Statistical return of the lunatic asylum in Assam - 1912-1932
Year: 1912
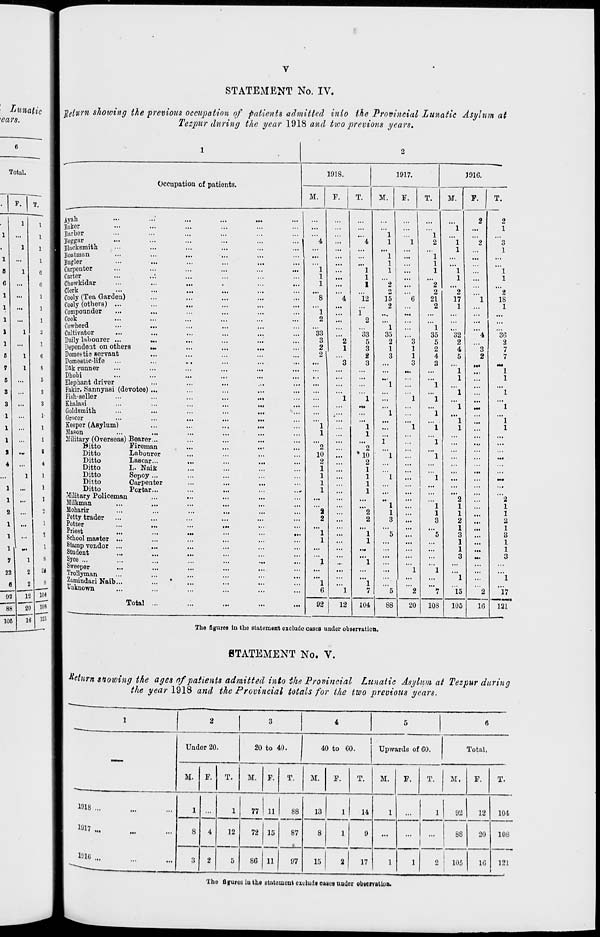
STATEMENT No. IV.
Return showing the previous occupation of patients admitted into the Provincial Lunatic Asylum at
Tezpur during the year 1918 and tivo previous years.
Occupation of patients.
1918.
M.
F.
T.
1917.
M.
J91G.
M.
F.
T.
Ayah
Baker
Barber
Beggar
Blacksmith
Boatman
Bugler
Carpenter
Carter
Chowkidar
Cooly (Tea Garden)
Cooly (others) ...
Compounder
Cook
Cowherd
Cultivator
Daily labourer ...
Depondent on others
...
Domestic servant
Domestic-life
Dlk runner
Dhobi
Elephant driver
Fakiri Sannyasi (devotee) ...
Fish-seller
Khalasi
Goldsmith
Grocer
Keeper (Asylum)
Mason
Military (Overseas) Bearer...
Bitto
Fireman
Ditto
Labourer
Ditto
Lascar...
Ditto
L. Naik
Ditto
Sepoy ...
Ditto
Carpenter
Ditto
Pcrtar...
Military Policeman
Milkman
Moharir
Petty trader
Potter
Priest
School master ...
Stamp vendor ...
Student
Syce ...
Sweoper
...
Trollyman
Zamindari Naib...
Unknown
Total ...
...
...
...
•
...
...
...
...
.1.
...
...
1
2
33
3
2
2
1
1
"2
10
2
1
1
1
1
92
12
1
1
1
12
33
5
3
2
3
1
1
"2
•10
2
1
1
1
1
104
1
1
"l
1
1
"2
o
15
2
1
35
2
1
3
5
88
20
1
2
"l
1
1
"2
2
21
2
1
35
5
2
4
3
108
1
1
'"2
17
1
32
2
4
5
' 1
1
"l
"l
"'l
1
1
15
105
Ml
2
1
3
1
1
1
"2
18
1
3G
2
7
7
16
2
1
1
2
1
3
1
1
3
1
"l7
131
The figures In the statement exclude cases under observation.
STATEMENT No. V.
Return snoioing the ages of patients admitted into the Provincial Lunatic Asylum at Tezpur during
the year 1918 and the Provincial totals for the two previous years.
1
2
3
4
5
6
Under 20.
20 to 40.
40 to GO.
Upwards of GO.
Total.
M. F. T. 1 M. F. T. M. F. T. M. F. T. M. F. T.
1018 ...
1
4
2
1
77 11
88
87
13
1 I 14
1
,
1
92
12 104
1917
8
3
12
72 15
8
1
9
...
...
88
20 108
1016 ...
5
80 11
97
15
2
17
1
1
2
105
16 121
{
The figures iu the dtutomoui exdudi cu*i-a under obneryatlon.